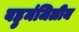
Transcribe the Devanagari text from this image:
बहुमंजिलीय